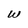
Character: w